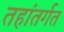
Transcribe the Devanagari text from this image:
तहांतर्गत